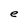
Character: e